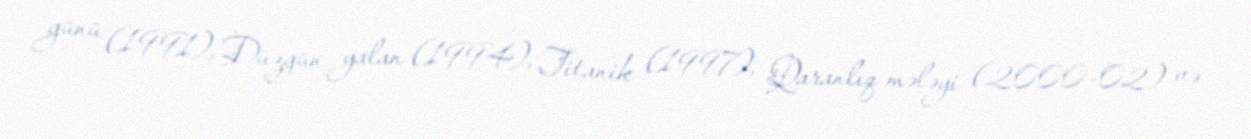
günü (1991), Düzgün yalan (1994), Titanik (1997), Qaranlıq mələyi (2000–02) və